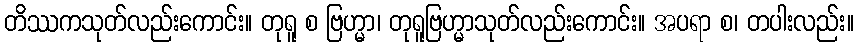
တိဿကသုတ်လည်းကောင်း။ တုရူ စ ဗြဟ္မာ၊ တုရူဗြဟ္မာသုတ်လည်းကောင်း။ အပရာ စ၊ တပါးလည်း။